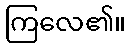
ကြလေ၏။